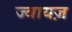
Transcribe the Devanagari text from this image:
ज्वायज़